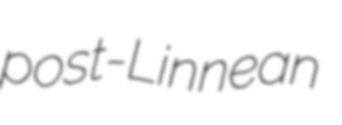
post-Linnean